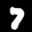
Label: 7